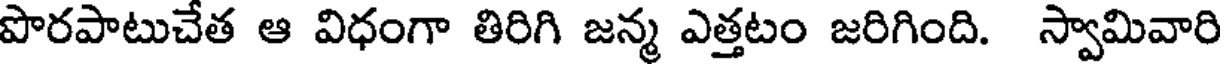
పొరపాటుచేత ఆ విధంగా తిరిగి జన్మ ఎత్తటం జరిగింది. స్వామివారి